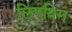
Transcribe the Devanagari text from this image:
लिएबिग